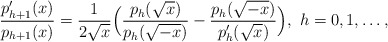
\begin{align*}\frac{p'_{h+1}(x)}{p_{h+1}(x)}=\frac{1}{2\sqrt x}\Big(\frac{p_h(\sqrt x)}{p_h(\sqrt{-x})}-\frac{p_h(\sqrt {-x})}{p'_h(\sqrt x)}\Big),~h=0,1,\dots, \end{align*}